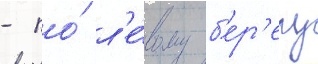
- по́ л'е́вому б'ер'егу